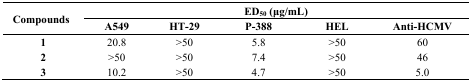
| <ROWSPAN=2> Compounds | <COLSPAN=5> ED50 (μg/mL) |
 | A549 | HT-29 | P-388 | HEL | Anti-HCMV |
 | --- | --- | --- | --- | --- | --- |
 | 1 | 20.8 | >50 | 5.8 | >50 | 60 |
 | 2 | >50 | >50 | 7.4 | >50 | 46 |
 | 3 | 10.2 | >50 | 4.7 | >50 | 5.0 |